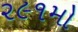
૨૯૧મો